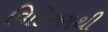
વિકિરણથી